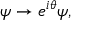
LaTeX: \psi \rightarrow e ^ { i \theta } \psi ,